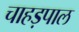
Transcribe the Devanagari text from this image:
चाहड़पाल